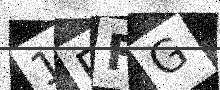
Text: 1RFG